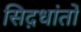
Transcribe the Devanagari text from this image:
सिद़धांतों